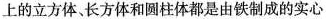
上的立方体、长方体和圆柱体都是由铁制成的实心